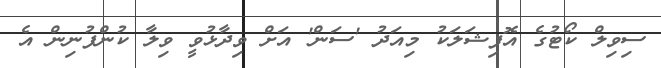
ސިވިލް ކޯޓުގެ އޮފިޝަލަކު މިއަދު 'ސަން' އަށް ވިދާޅުވީ ވިލާ ކުންފުނިން އެ